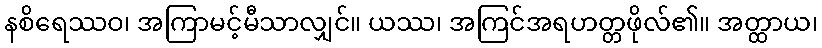
နစိရေဿဝ၊ အကြာမင့်မီသာလျှင်။ ယဿ၊ အကြင်အရဟတ္တဖိုလ်၏။ အတ္ထာယ၊